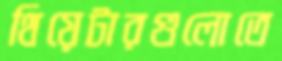
থিয়েটারগুলোতে